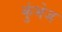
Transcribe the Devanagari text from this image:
कुंभेज